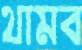
থামব